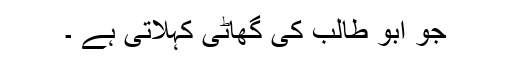
جو ابو طالب کی گھاٹی کہلاتی ہے ۔